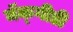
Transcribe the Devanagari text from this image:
मॅक्गीडी